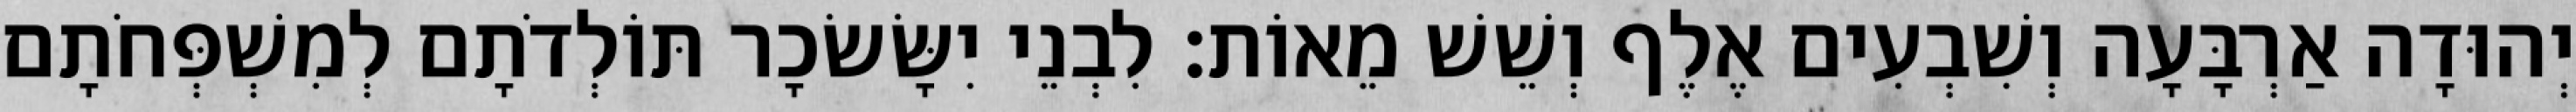
יְהוּדָה אַרְבָּעָה וְשִׁבְעִים אֶלֶף וְשֵׁשׁ מֵאוֹת׃ לִבְנֵי יִשָּׂשׂכָר תּוֹלְדֹתָם לְמִשְׁפְּחֹתָם